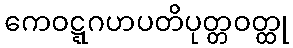
ကေဝဋ္ဋဂဟပတိပုတ္တဝတ္ထု